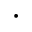
\cdot